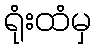
ရုံးထံမှ